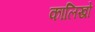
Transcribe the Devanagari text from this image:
कालिखो